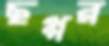
ছপ্পর